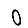
Digit: 0